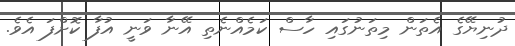
ދުނިޔޭގެ އެތަން މިތަނުގައި ހާސް ކަމެއްނެތި އޭނާ ވަނީ އުފާ ކޮށްފަ އެވެ.